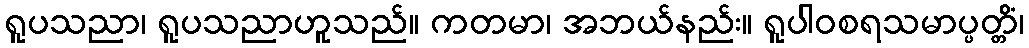
ရူပသညာ၊ ရူပသညာဟူသည်။ ကတမာ၊ အဘယ်နည်း။ ရူပါဝစရသမာပ္ပတ္တိံ၊